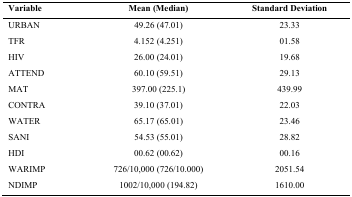
| Variable | Mean (Median) | Standard Deviation |
 | --- | --- | --- |
 | URBAN | 49.26 (47.01) | 23.33 |
 | TFR | 4.152 (4.251) | 01.58 |
 | HIV | 26.00 (24.01) | 19.68 |
 | ATTEND | 60.10 (59.51) | 29.13 |
 | MAT | 397.00 (225.1) | 439.99 |
 | CONTRA | 39.10 (37.01) | 22.03 |
 | WATER | 65.17 (65.01) | 23.46 |
 | SANI | 54.53 (55.01) | 28.82 |
 | HDI | 00.62 (00.62) | 00.16 |
 | WARIMP | 726/10,000 (726/10.000) | 2051.54 |
 | NDIMP | 1002/10,000 (194.82) | 1610.00 |